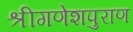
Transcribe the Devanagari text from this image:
श्रीगणेशपुराण